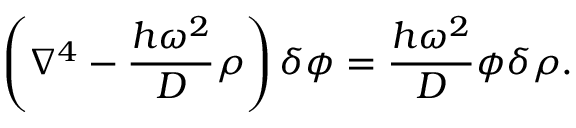
\left( \nabla ^ { 4 } - \frac { h \omega ^ { 2 } } { D } \rho \right) \delta \phi = \frac { h \omega ^ { 2 } } { D } \phi \delta \rho .